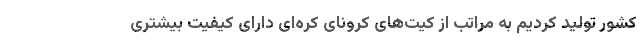
کشور تولید کردیم به مراتب از کیت‌های کرونای کره‌ای دارای کیفیت بیشتری